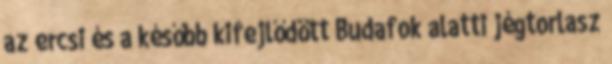
az ercsi és a később kifejlődött Budafok alatti jégtorlasz